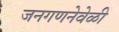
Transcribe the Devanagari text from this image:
जनगणनेवेळी